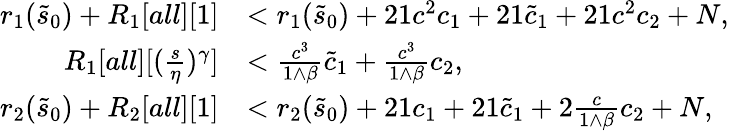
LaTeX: \begin{array}{rl}{r_{1}(\tilde{s}_{0})+R_{1}[all][1]}&{<r_{1}(\tilde{s}_{0})+21c^{2}c_{1}+21\tilde{c}_{1}+21c^{2}c_{2}+N,}\\ {R_{1}[all][(\frac s\eta)^{\gamma}]}&{<\frac{c^{3}}{1\wedge\beta}\tilde{c}_{1}+\frac{c^{3}}{1\wedge\beta}c_{2},}\\ {r_{2}(\tilde{s}_{0})+R_{2}[all][1]}&{<r_{2}(\tilde{s}_{0})+21c_{1}+21\tilde{c}_{1}+2\frac c{1\wedge\beta}c_{2}+N,}\end{array}